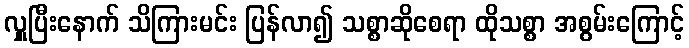
လှူပြီးနောက် သိကြားမင်း ပြန်လာ၍ သစ္စာဆိုစေရာ ထိုသစ္စာ အစွမ်းကြောင့်